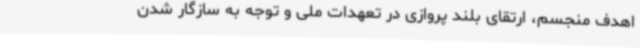
اهدف منجسم، ارتقای بلند پروازی در تعهدات ملی و توجه به سازگار شدن